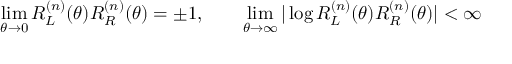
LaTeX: \operatorname * { l i m } _ { \theta \to 0 } R _ { L } ^ { ( n ) } ( \theta ) R _ { R } ^ { ( n ) } ( \theta ) = \pm 1 , \qquad \operatorname * { l i m } _ { \theta \to \infty } \vert \log R _ { L } ^ { ( n ) } ( \theta ) R _ { R } ^ { ( n ) } ( \theta ) \vert < \infty